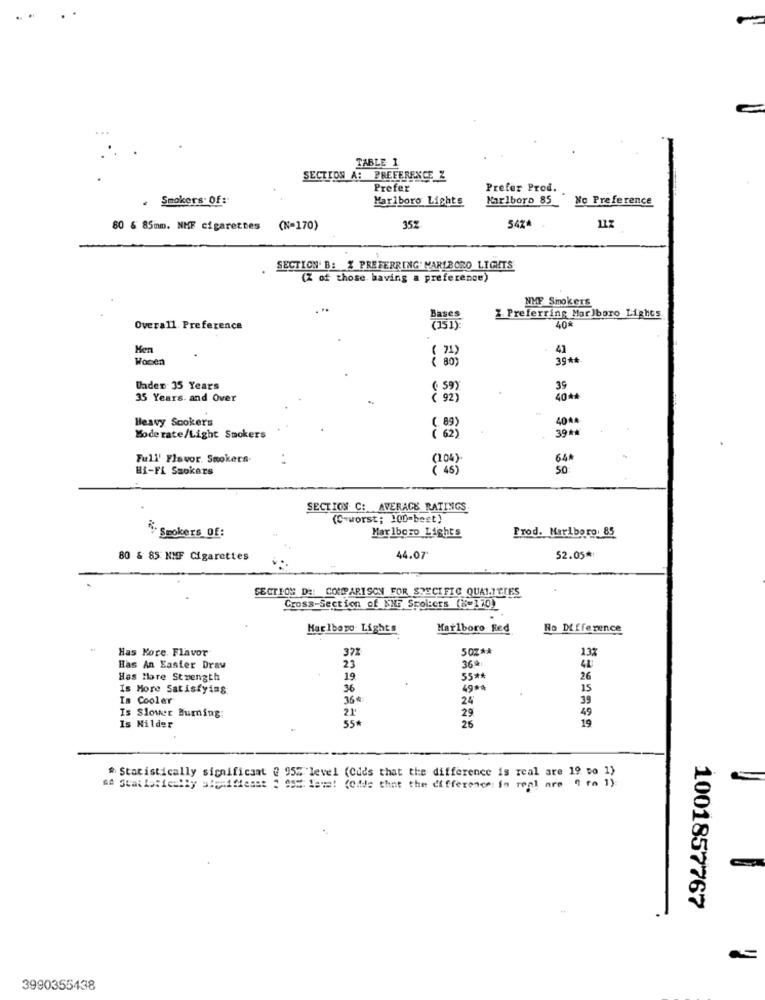
TABLE 1
SECTION A: PREFERENCE Z
Prefer
Prefer Prod.
. Smokers. Of:
Marlboro Lights
Karlboro 85
No Preference
80 & 85inm. NMF cigarettes
(N=170)
352
54%^
11Z
. SECTION' B: % PREFERRING' MARLBORO LIGHTS
(Z of those, having a preference)
NMF Smokers
Bases
Z Preferring Marlboro Lights
Overall. Preference
40*
Men
( 71)
41
Women
( 80)
39 **
Under 35 Years
( 59)
39
35 Years. and Over
( 92)
40 **
Heavy Scokers
40AA
( 89)
39 **
Moderate/Light Smokers
( 62)
Full' Flavor Smokers.
(104)
64
Hi-Fi Ssokers
( 45)
50
SECTION C: AVERAGE RATINGS
(C-worst; 100-best)
% Smokers Of:
Marlboro Lights
Prod. Marlboro: 85
80 & 85 NMF Cigarettes
44.07
52.05*
SECTION DE: COMPARISON FOR STECIFIC QUALITIES
Cross-Section of NHF Spol:crs (N=170)
Marlboro Lights
Marlboro Red
No Difference
Has Kore Flavor
372
50% **
132
36 *
42
Has An Easier Draw
23
Has Hore Strength
19
55#
26
Is More Satisfying:
36
49 **
15
Is Cooler
36*
24
39
Is Slower Burning:
21'
55*
29
25
49
19
Is Nilder
# Statistically significant @ 95% level (Cdds that the difference is real are 19 to 1)
At Statistically aboutfleast : 09 Tem! (Cide chat the difference in real are 0 to 1)
1001857767
3990355438